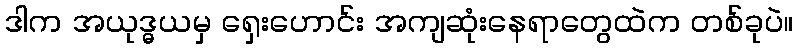
ဒါက အယုဒ္ဓယမှ ရှေးဟောင်း အကျဆုံးနေရာတွေထဲက တစ်ခုပဲ။